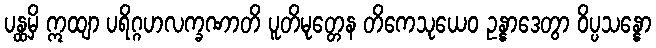
ပန္ထမှိ ဣထျာ ပရိဂ္ဂဟလက္ခဏာတိ ပူတိမုတ္တေန တိကေသုယေဝ ဥန္နာဒေတွာ ဝိပ္ပသန္နော